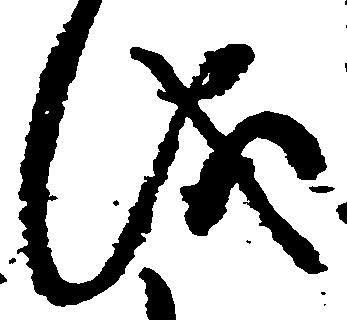
儀